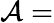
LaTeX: \mathcal{A}=